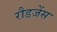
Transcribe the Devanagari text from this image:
रौडजेंस